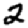
Digit: 2